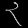
Digit: ၃